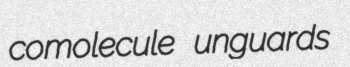
comolecule unguards